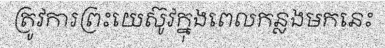
ត្រូវការព្រះយេស៊ូវក្នុងពេលកន្លងមកនេះ